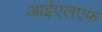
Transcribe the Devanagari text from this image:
आईएलएफ